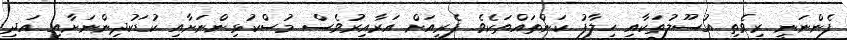
ފެންނަނީ ރިވެތި އުސޫލުތަކާއި ހިލާފު ކަންތައްތަކެވެ. ފެރީއަށް އަރާއިރުވެސް މުސްކުޅިންނަށާއި ކުޑަކުދިންނަށާއި އަދި